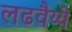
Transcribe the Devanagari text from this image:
लढवैय्ये